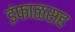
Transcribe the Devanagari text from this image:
इंफाळसह